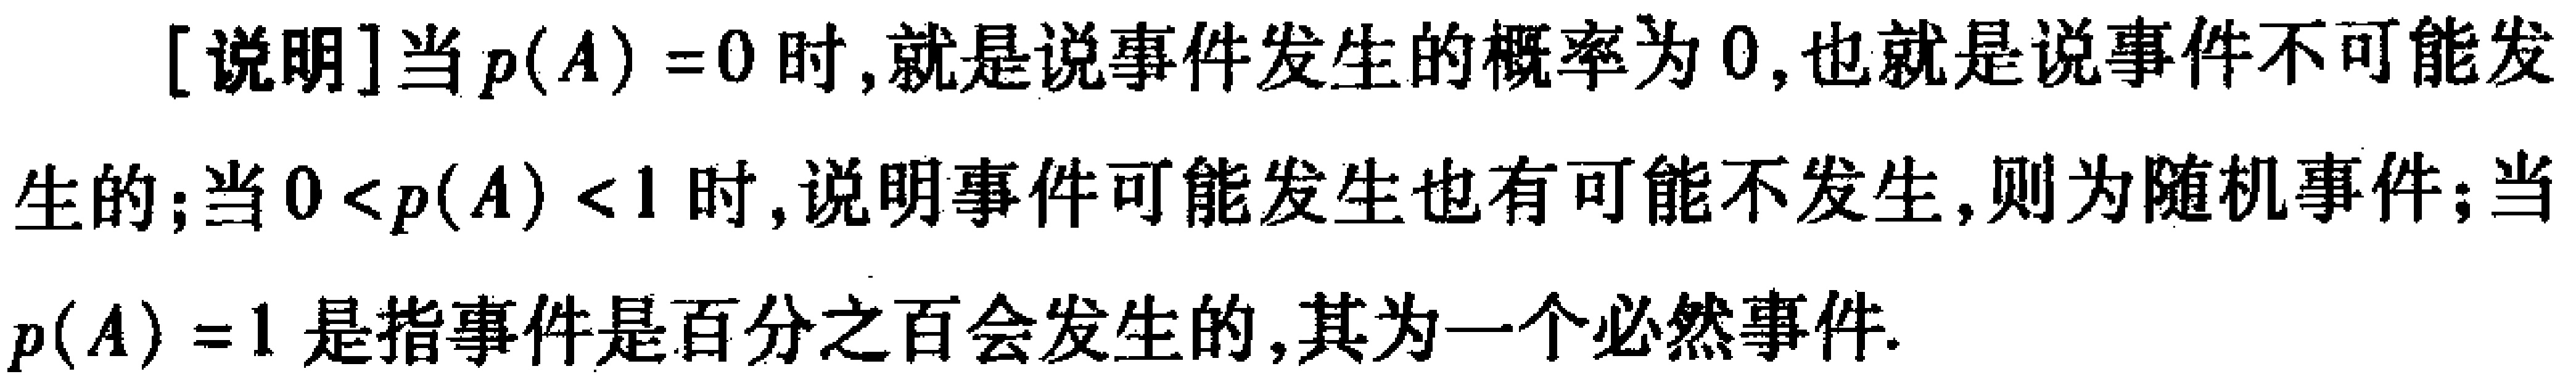
[说明]当\(p(A) = 0\)时,就是说事件发生的概率为\(0\),也就是说事件不可能发生的;当\(0 < p(A) < 1\)时,说明事件可能发生也有可能不发生,则为随机事件;当\(p(A) = 1\)是指事件是百分之百会发生的,其为一个必然事件.